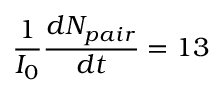
\frac { 1 } { I _ { 0 } } \frac { d N _ { p a i r } } { d t } = 1 3